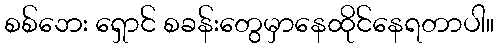
စစ်ဘေး ရှောင် စခန်းတွေမှာနေထိုင်နေရတာပါ။